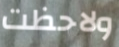
ولاحظت